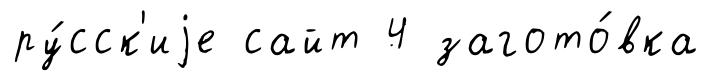
ру́сск'иjе сайт 4 загото́вка